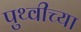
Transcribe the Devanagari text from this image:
पुथ्वीच्या